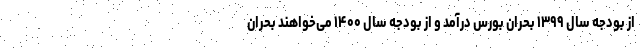
از بودجه سال ۱۳۹۹ بحران بورس درآمد و از بودجه سال ۱۴۰۰ می‌خواهند بحران